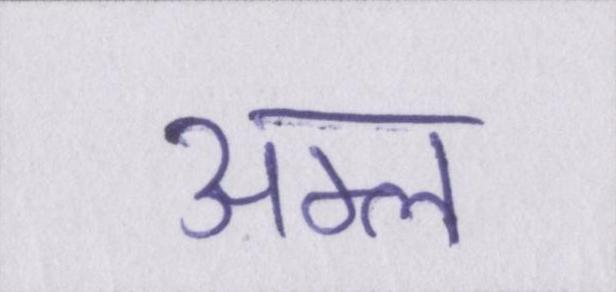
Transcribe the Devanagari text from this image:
अम्ल